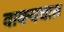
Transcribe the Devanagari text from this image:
वाक्यघात